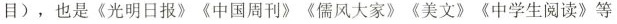
目)，也是《光明日报》《中国周刊》《儒风大家》《美文》《中学生阅读》等